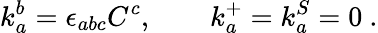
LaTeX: k_{a}^{b}=\epsilon_{abc}C^{c},\qquad k_{a}^{+}=k_{a}^{S}=0\ .